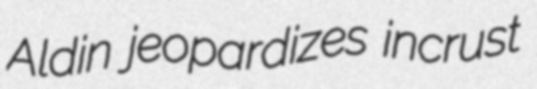
Aldin jeopardizes incrust